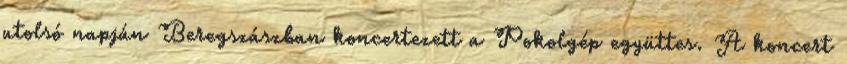
utolsó napján Beregszászban koncertezett a Pokolgép együttes. A koncert